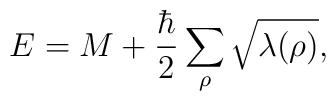
E=M+{\hbar \over2}\sum_\rho\sqrt{\lambda(\rho)},